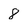
Character: 8